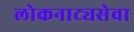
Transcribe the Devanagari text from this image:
लोकनाट्यसेवा